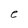
Character: e